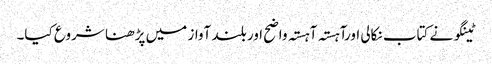
ٹینگو نے کتاب نکالی اورآہستہ آہستہ واضح اور بلند آواز میں پڑھنا شروع کیا۔